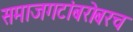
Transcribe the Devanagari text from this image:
समाजगटांबरोबरच